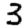
Digit: 3